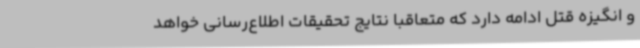
و انگیزه قتل ادامه دارد که متعاقباً نتایج تحقیقات اطلاع‌رسانی خواهد